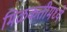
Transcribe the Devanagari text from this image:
मिळकतीमध्ये